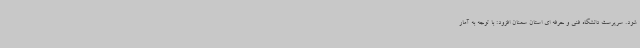
شود. سرپرست دانشگاه فنی و حرفه ای استان سمنان افزود: با توجه به آمار